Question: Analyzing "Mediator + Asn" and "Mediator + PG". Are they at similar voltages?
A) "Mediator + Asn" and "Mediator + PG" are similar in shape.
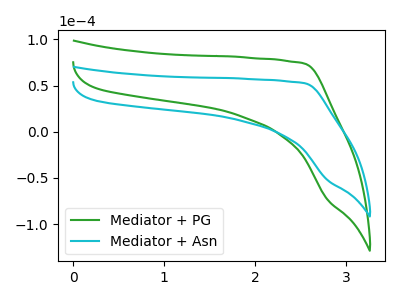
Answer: <think>The green curve "Mediator + PG" has no peaks. The cyan curve "Mediator + Asn" has no peaks.
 Neither "Mediator + Asn" or "Mediator + PG" have any peaks.</think>
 <answer>A) "Mediator + Asn" and "Mediator + PG" are similar in shape.</answer>
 <eval>A</eval>